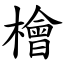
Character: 檜